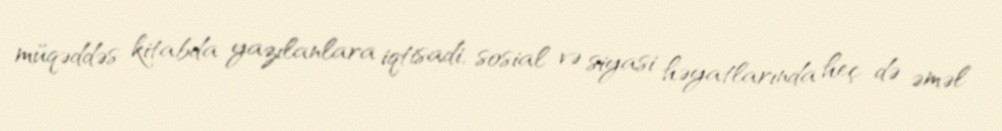
müqəddəs kitabda yazılanlara iqtisadi, sosial və siyasi həyatlarında heç də əməl